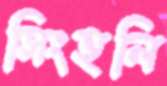
সিংহলি